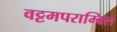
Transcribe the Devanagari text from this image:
वट्टमपराम्बिल